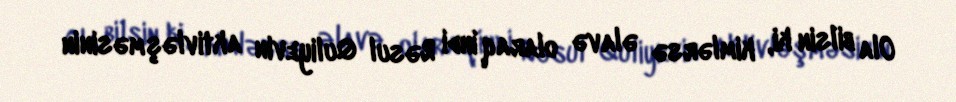
Ola bilsin ki, kimlərsə əlavə olaraq indi Rəsul Quliyevin aktivləşməsinin